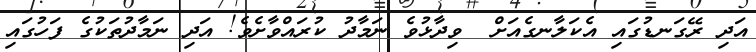
އަދި ރޭގަނޑުގައި އެކަލާނގެއަށް  ވިދާޅުވެ ނަމާދު ކުރައްވާށެވެ! އަދި ނަމާދުތަކުގެ ފަހުގައި